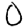
Digit: 0